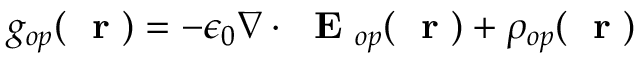
g _ { o p } ( \mathrm { ~ \bf ~ r ~ } ) = - \epsilon _ { 0 } \nabla \cdot \mathrm { ~ \bf ~ E ~ } _ { o p } ( \mathrm { ~ \bf ~ r ~ } ) + \rho _ { o p } ( \mathrm { ~ \bf ~ r ~ } )